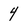
Character: 4